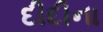
દીદીના